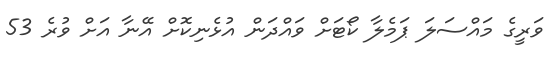
ވަރީގެ މައްސަލަ ޕަމެލާ ކޯޓަށް ވައްދަން އުޅެނިކޮށް އޭނާ އަށް ވުރެ 53